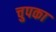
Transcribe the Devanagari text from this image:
चुपका